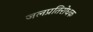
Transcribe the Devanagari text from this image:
जलप्रतिरोधक